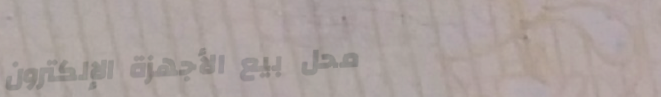
محل بيع الأجهزة الإلكترون